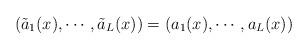
LaTeX: \begin{align*} \left(\tilde{a}_1(x),\cdots,\tilde{a}_L(x)\right)=\left(a_1(x),\cdots,a_L(x)\right) \end{align*}